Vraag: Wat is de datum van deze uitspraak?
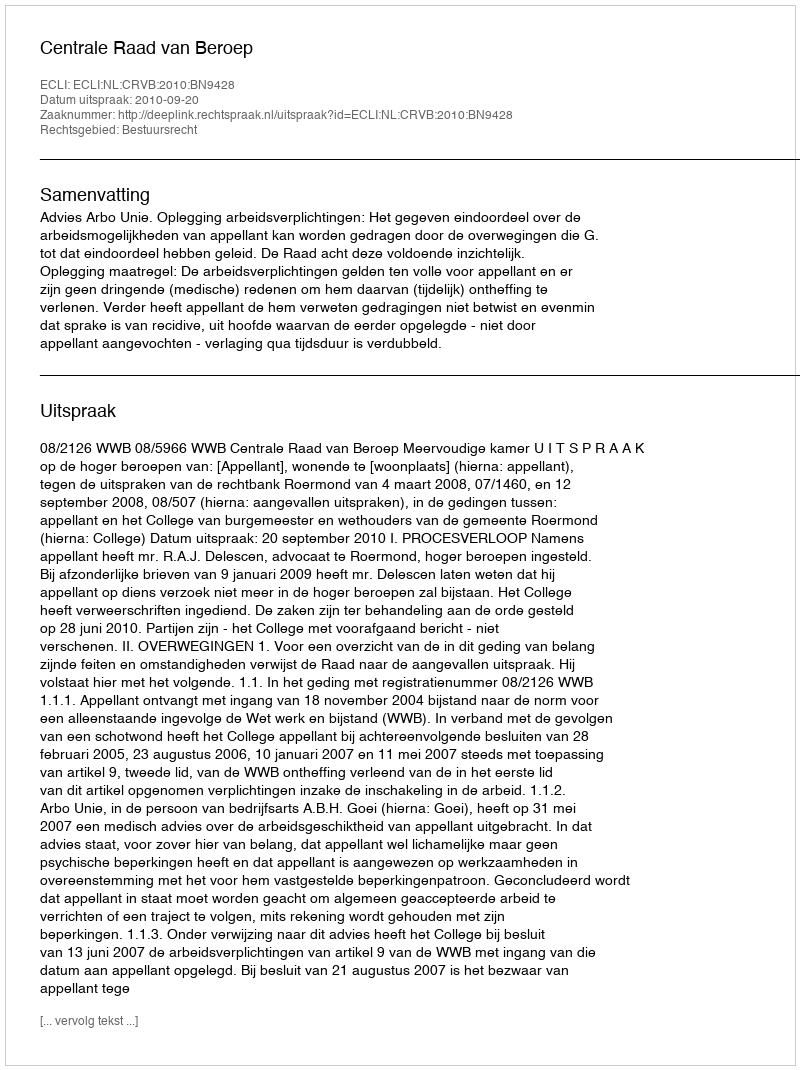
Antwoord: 2010-09-20